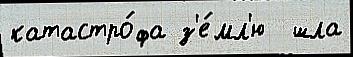
катастро́фа з'е́мл'ю  шла